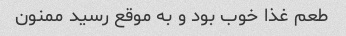
طعم غذا خوب بود و به موقع رسید ممنون